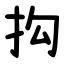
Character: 抅